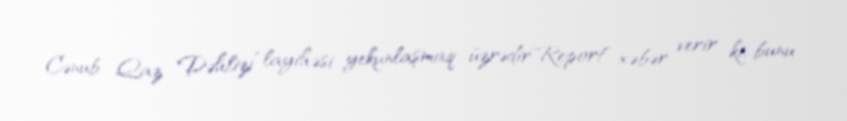
Cənub Qaz Dəhlizi” layihəsi yekunlaşmaq üzrədir"Report" xəbər verir ki, bunu